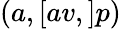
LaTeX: (a,[av,]p)